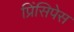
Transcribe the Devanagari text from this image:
प्रिंसिपेस